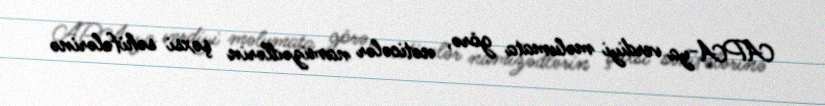
APA-ya verdiyi məlumata görə, nəticələr namizədlərin şəxsi səhifələrinə